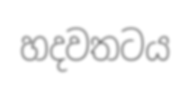
හදවතටය